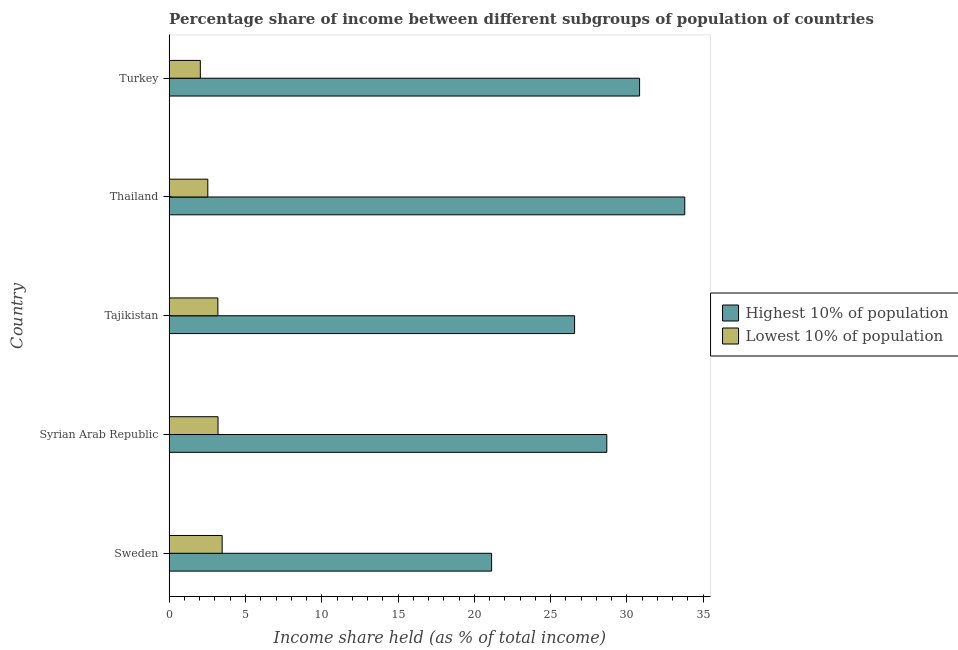
| Country | Highest 10% of population | Lowest 10% of population |
 | --- | --- | --- |
 | Sweden | 21.1 | 3.47 |
 | Syrian Arab Republic | 28.7 | 3.2 |
 | Tajikistan | 26.6 | 3.19 |
 | Thailand | 33.8 | 2.53 |
 | Turkey | 30.8 | 2.04 |